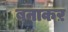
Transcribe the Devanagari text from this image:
बनाकऱ